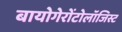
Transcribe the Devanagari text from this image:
बायोगेरोंटोलॉजिस्ट